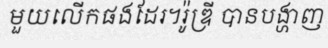
មួយលើកផងដែរ។រ៉ូឌ្រី បានបង្ហាញ